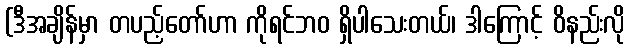
(ဒီအချိန်မှာ တပည့်တော်ဟာ ကိုရင်ဘဝ ရှိပါသေးတယ်၊ ဒါကြောင့် ဝိနည်းလို